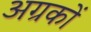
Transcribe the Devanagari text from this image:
अग्रकों